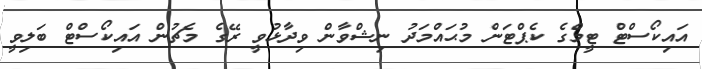
އައިކޯސްޓް ޓީމްގެ ކެޕްޓަން މުޙައްމަދު ނިޝްވާން ވިދާޅުވީ ރޭގެ މެޗުން އައިކޯސްޓް ބަލިވީ